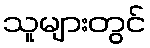
သူများတွင်